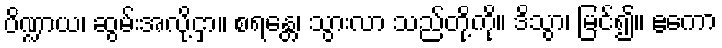
ပိဏ္ဍာယ၊ ဆွမ်းအလို့ငှာ။ စရန္တေ၊ သွားလာ သည်တို့ကို။ ဒိသွာ၊ မြင်၍။ ဧကော